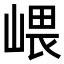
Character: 㟪